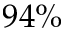
9 4 \%